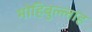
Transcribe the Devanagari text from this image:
मोहिबुल्लाह